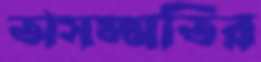
অসম্মতির